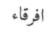
افرقاء